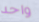
واحد